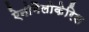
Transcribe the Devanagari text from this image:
ऐनोमैलोकेरिस